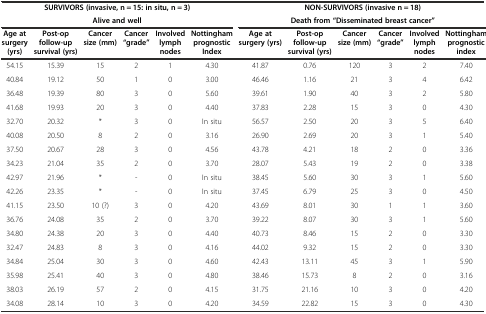
<table><thead><tr><td colspan="6"><b>SURVIVORS (invasive, n = 15: in situ, n = 3)</b></td><td colspan="6"><b>NON-SURVIVORS (invasive n = 18)</b></td></tr><tr><td colspan="6"><b>Alive and well</b></td><td colspan="6"><b>Death from “Disseminated breast cancer”</b></td></tr><tr><td><b>Age at surgery (yrs)</b></td><td><b>Post-op follow-up survival (yrs)</b></td><td><b>Cancer size (mm)</b></td><td><b>Cancer “grade”</b></td><td><b>Involved lymph nodes</b></td><td><b>Nottingham prognostic Index</b></td><td><b>Age at surgery (yrs)</b></td><td><b>Post-op follow-up survival (yrs)</b></td><td><b>Cancer size (mm)</b></td><td><b>Cancer “grade”</b></td><td><b>Involved lymph nodes</b></td><td><b>Nottingham prognostic index</b></td></tr></thead><tbody><tr><td>54.15</td><td>15.39</td><td>15</td><td>2</td><td>1</td><td>4.30</td><td>41.87</td><td>0.76</td><td>120</td><td>3</td><td>2</td><td>7.40</td></tr><tr><td>40.84</td><td>19.12</td><td>50</td><td>1</td><td>0</td><td>3.00</td><td>46.46</td><td>1.16</td><td>21</td><td>3</td><td>4</td><td>6.42</td></tr><tr><td>36.48</td><td>19.39</td><td>80</td><td>3</td><td>0</td><td>5.60</td><td>39.61</td><td>1.90</td><td>40</td><td>3</td><td>2</td><td>5.80</td></tr><tr><td>41.68</td><td>19.93</td><td>20</td><td>3</td><td>0</td><td>4.40</td><td>37.83</td><td>2.28</td><td>15</td><td>3</td><td>0</td><td>4.30</td></tr><tr><td>32.70</td><td>20.32</td><td>*</td><td>3</td><td>0</td><td>In situ</td><td>56.57</td><td>2.50</td><td>20</td><td>3</td><td>5</td><td>6.40</td></tr><tr><td>40.08</td><td>20.50</td><td>8</td><td>2</td><td>0</td><td>3.16</td><td>26.90</td><td>2.69</td><td>20</td><td>3</td><td>1</td><td>5.40</td></tr><tr><td>37.50</td><td>20.67</td><td>28</td><td>3</td><td>0</td><td>4.56</td><td>43.78</td><td>4.21</td><td>18</td><td>2</td><td>0</td><td>3.36</td></tr><tr><td>34.23</td><td>21.04</td><td>35</td><td>2</td><td>0</td><td>3.70</td><td>28.07</td><td>5.43</td><td>19</td><td>2</td><td>0</td><td>3.38</td></tr><tr><td>42.97</td><td>21.96</td><td>*</td><td>-</td><td>0</td><td>In situ</td><td>38.45</td><td>5.60</td><td>30</td><td>3</td><td>1</td><td>5.60</td></tr><tr><td>42.26</td><td>23.35</td><td>*</td><td>-</td><td>0</td><td>In situ</td><td>37.45</td><td>6.79</td><td>25</td><td>3</td><td>0</td><td>4.50</td></tr><tr><td>41.15</td><td>23.50</td><td>10 (?)</td><td>3</td><td>0</td><td>4.20</td><td>43.69</td><td>8.01</td><td>30</td><td>1</td><td>1</td><td>3.60</td></tr><tr><td>36.76</td><td>24.08</td><td>35</td><td>2</td><td>0</td><td>3.70</td><td>39.22</td><td>8.07</td><td>30</td><td>3</td><td>1</td><td>5.60</td></tr><tr><td>34.80</td><td>24.38</td><td>20</td><td>3</td><td>0</td><td>4.40</td><td>40.73</td><td>8.46</td><td>15</td><td>2</td><td>0</td><td>3.30</td></tr><tr><td>32.47</td><td>24.83</td><td>8</td><td>3</td><td>0</td><td>4.16</td><td>44.02</td><td>9.32</td><td>15</td><td>2</td><td>0</td><td>3.30</td></tr><tr><td>34.84</td><td>25.04</td><td>30</td><td>3</td><td>0</td><td>4.60</td><td>42.43</td><td>13.11</td><td>45</td><td>3</td><td>1</td><td>5.90</td></tr><tr><td>35.98</td><td>25.41</td><td>40</td><td>3</td><td>0</td><td>4.80</td><td>38.46</td><td>15.73</td><td>8</td><td>2</td><td>0</td><td>3.16</td></tr><tr><td>38.03</td><td>26.19</td><td>57</td><td>2</td><td>0</td><td>4.15</td><td>31.75</td><td>21.16</td><td>10</td><td>3</td><td>0</td><td>4.20</td></tr><tr><td>34.08</td><td>28.14</td><td>10</td><td>3</td><td>0</td><td>4.20</td><td>34.59</td><td>22.82</td><td>15</td><td>3</td><td>0</td><td>4.30</td></tr></tbody></table>